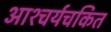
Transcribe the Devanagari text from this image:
आश्‍चर्यचकित